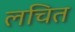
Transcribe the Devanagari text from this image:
लचित